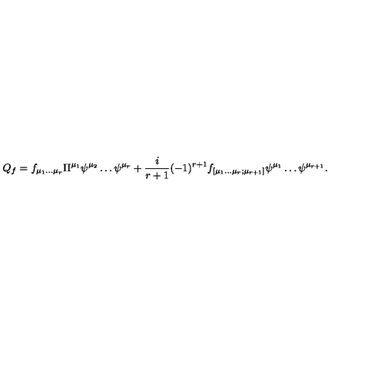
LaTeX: Q _ { f } = f _ { \mu _ { 1 } \dots \mu _ { r } } \Pi ^ { \mu _ { 1 } } \psi ^ { \mu _ { 2 } } \dots \psi ^ { \mu _ { r } } + \frac { i } { r + 1 } ( - 1 ) ^ { r + 1 } f _ { [ \mu _ { 1 } \dots \mu _ { r } ; \mu _ { r + 1 } ] } \psi ^ { \mu _ { 1 } } \dots \psi ^ { \mu _ { r + 1 } } .